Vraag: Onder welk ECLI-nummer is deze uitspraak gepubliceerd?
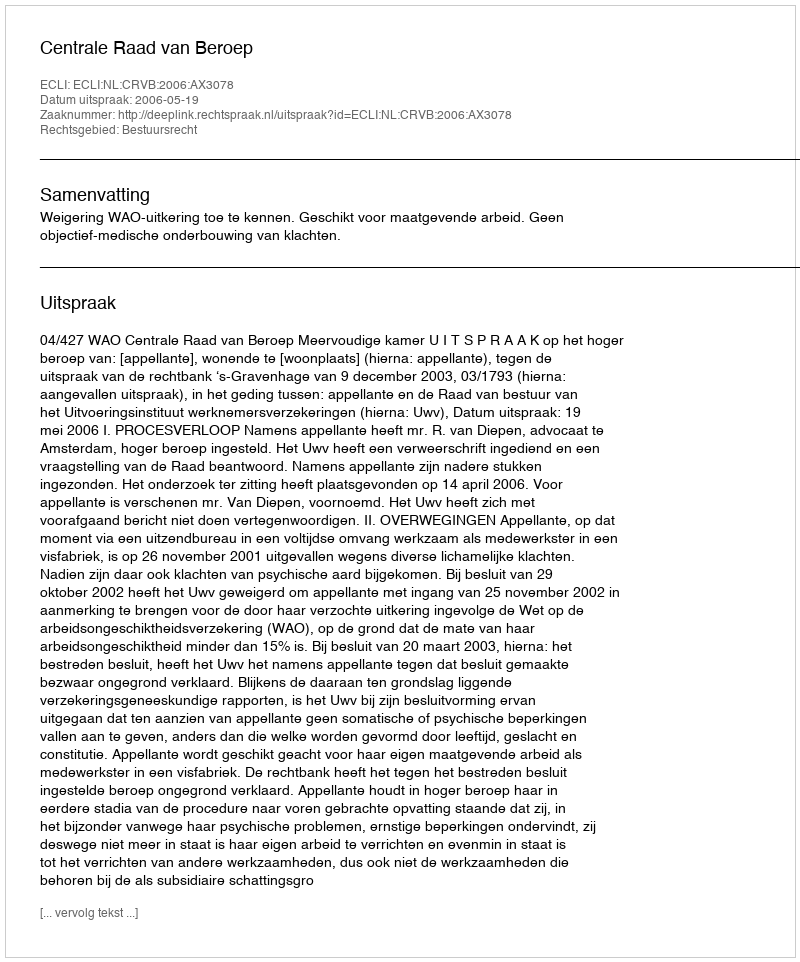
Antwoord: ECLI:NL:CRVB:2006:AX3078